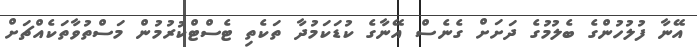
އޭނާ ފުލުހުންގެ ބެލުމުގެ ދަށަށް ގެނެސް އޭނާގެ ކުޑަކަމުދާ ތަކެތި ޓެސްޓްކުރުމުން މަސްތުވާތަކެއްޗަށް